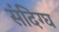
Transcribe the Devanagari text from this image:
संदिग्घ